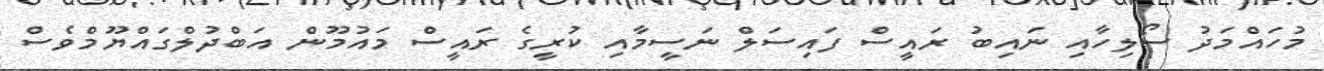
މުހައްމަދު ސޯލިހާއި ނައިބު ރައީސް ފައިސަލް ނަސީމާއި ކުރީގެ ރައީސް މައުމޫން އަބްދުލްގައްޔޫމްވެސް